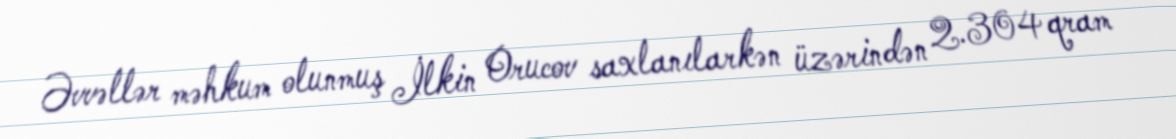
Əvvəllər məhkum olunmuş İlkin Orucov saxlanılarkən üzərindən 2.304 qram